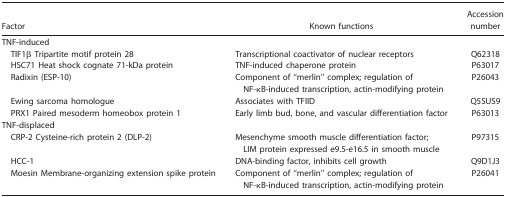
| Factor | Known functions | Accession number |
 | --- | --- | --- |
 | <COLSPAN=3> TNF-induced |
 | TIF1β Tripartite motif protein 28 | Transcriptional coactivator of nuclear receptors | Q62318 |
 | HSC71 Heat shock cognate 71-kDa protein | TNF-induced chaperone protein | P63017 |
 | Radixin (ESP-10) | Component of “merlin” complex; regulation of NF-κB-induced transcription, actin-modifying protein | P26043 |
 | Ewing sarcoma homologue | Associates with TFIID | Q5SUS9 |
 | PRX1 Paired mesoderm homeobox protein 1 | Early limb bud, bone, and vascular differentiation factor | P63013 |
 | <COLSPAN=3> TNF-displaced |
 | CRP-2 Cysteine-rich protein 2 (DLP-2) | Mesenchyme smooth muscle differentiation factor; LIM protein expressed e9.5-e16.5 in smooth muscle | P97315 |
 | HCC-1 | DNA-binding factor, inhibits cell growth | Q9D1J3 |
 | Moesin Membrane-organizing extension spike protein | Component of “merlin” complex; regulation of NF-κB-induced transcription, actin-modifying protein | P26041 |